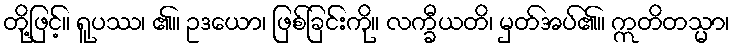
တို့ဖြင့်။ ရူပဿ၊ ၏။ ဥဒယော၊ ဖြစ်ခြင်းကို။ လက္ခီယတိ၊ မှတ်အပ်၏။ ဣတိတသ္မာ၊